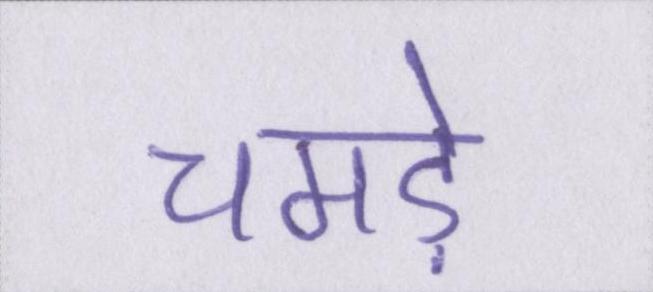
चमड़े